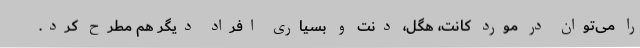
را می‌توان در مورد کانت، هگل، دنت و بسیاری افراد دیگر هم مطرح کرد.